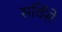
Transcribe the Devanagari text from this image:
सर्विसे